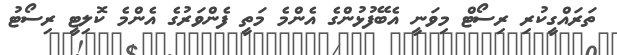
ތަރައްގީކުރި ރިސޯޓް މިވަނީ އެބޭފުޅުންގެ އެންމެ މަތީ ފެންވަރުގެ އެންމެ ކޮލިޓީ ރިސޯޓު